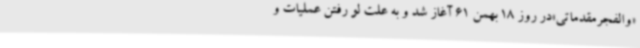
«والفجرمقدماتی»در روز 18 بهمن 61 آغاز شد و به علت لو رفتن عملیات و